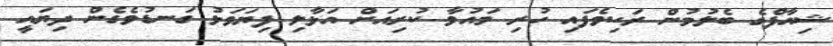
ޝިއާފްގެ ބެލުމުން ރަކިވެފައި ހުރި މައުވާ ކުރިއަށް އަޅާލި ފިޔަވަޅު ގަނޑުވެގެން ދިޔައީ